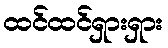
ထင်ထင်ရှားရှား